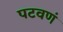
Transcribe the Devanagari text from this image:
पटवणं